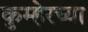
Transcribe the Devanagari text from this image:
कुम्हेरच्या